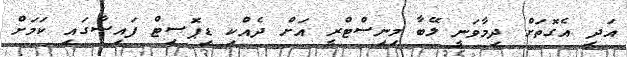
އަދި އެގޮތަށް ދިމާވަނީ ލޭބާ މިނިސްޓްރީ އަށް ދެއްކި ޑިޕޮސިޓް ފައިސާގައި ކަމަށް